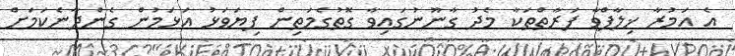
އެ އަމުރާ ޚިލާފްވާ ފަރާތްތަކާ މެދު ގާނޫނުގައިވާ ގޮތުގެމަތިން ފިޔަވަޅު އަޅަމުން ގެންދާނެކަމަށް